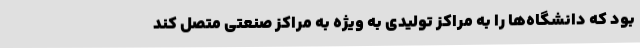
بود که دانشگاه‌ها را به مراکز تولیدی به ویژه به مراکز صنعتی متصل کند